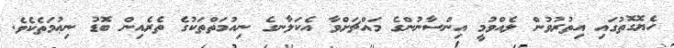
ހެޔޮގޮތުގައި އިތުރުވުން ލެއްވުމީ އިންސާނުންގެ މައްޗަށްވާ އެކަލާނގެ ނިއުމަތްތަކުގެ ތެރެއިން ބޮޑު ނިޢުމަތެކެވެ.